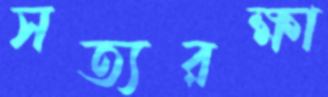
সত্যরক্ষা